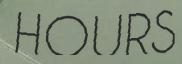
HOURS